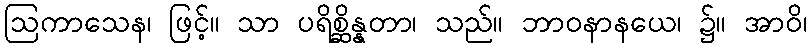
ဩကာသေန၊ ဖြင့်။ သာ ပရိစ္ဆိန္နတာ၊ သည်။ ဘာဝနာနယေ၊ ၌။ အာဝိ၊